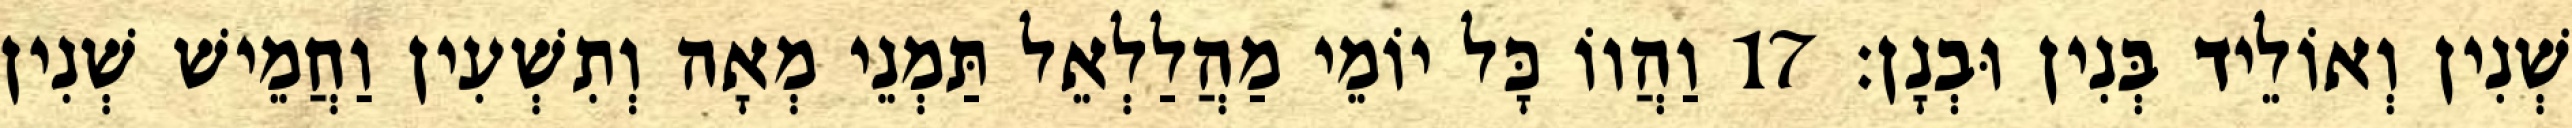
שְׁנִין וְאוֹלֵיד בְּנִין וּבְנָן׃ 17 וַהֲווֹ כָּל יוֹמֵי מַהֲלַלְאֵל תַּמְנֵי מְאָה וְתִשְׁעִין וַחֲמֵישׁ שְׁנִין